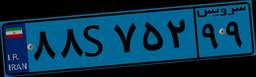
۵۵S۵۱۷۸۷